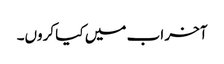
آخر اب میں کیا کروں۔